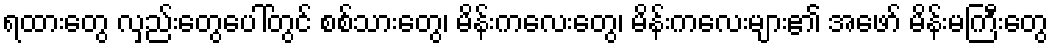
ရထားတွေ လှည်းတွေပေါ်တွင် စစ်သားတွေ၊ မိန်းကလေးတွေ၊ မိန်းကလေးများ၏ အဖော် မိန်းမကြီးတွေ